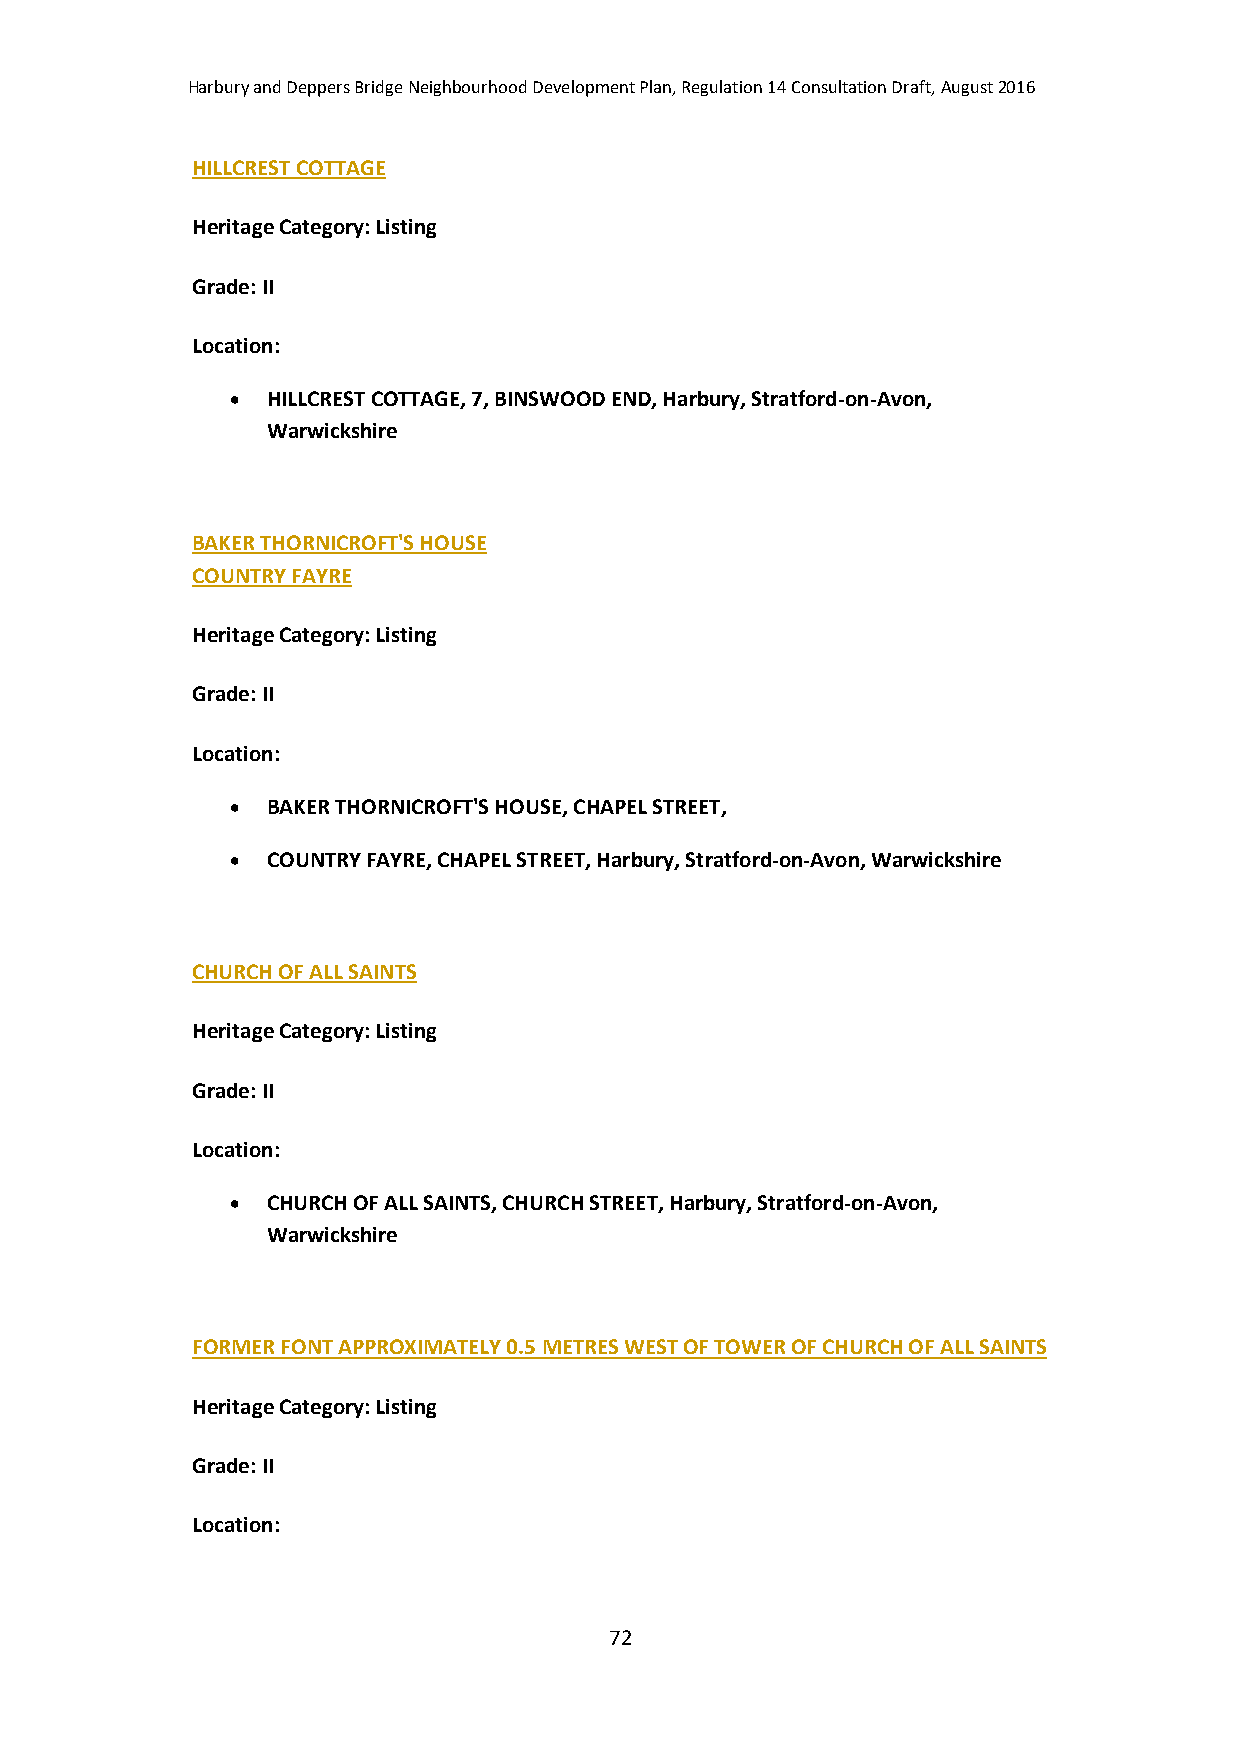
Harbury and Deppers Bridge Neighbourhood Development Plan, Regulation 14 Consultation Draft, August 2016
 HILLCREST COTTAGE
 Heritage Category: Listing
 Grade: II
 Location:
   HILLCREST COTTAGE, 7, BINSWOOD END, Harbury, Stratford-on-Avon,
 Warwickshire
 BAKER THORNICROFT'S HOUSE
 COUNTRY FAYRE
 Heritage Category: Listing
 Grade: II
 Location:
   BAKER THORNICROFT'S HOUSE, CHAPEL STREET,
   COUNTRY FAYRE, CHAPEL STREET, Harbury, Stratford-on-Avon, Warwickshire
 CHURCH OF ALL SAINTS
 Heritage Category: Listing
 Grade: II
 Location:
   CHURCH OF ALL SAINTS, CHURCH STREET, Harbury, Stratford-on-Avon,
 Warwickshire
 FORMER FONT APPROXIMATELY 0.5 METRES WEST OF TOWER OF CHURCH OF ALL SAINTS
 Heritage Category: Listing
 Grade: II
 Location:
 72